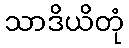
သာဒိယိတုံ